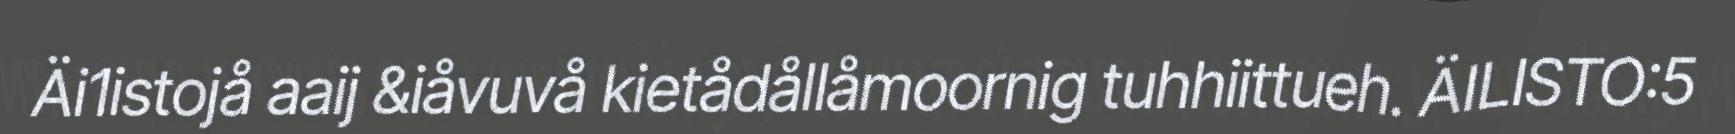
Äi1istojå aaij &iåvuvå kietådållåmoornig tuhhiittueh. ÄILISTO:5